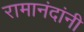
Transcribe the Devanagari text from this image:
रामानंदांनी